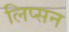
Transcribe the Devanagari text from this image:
लिप्सन